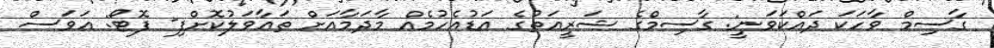
ގާސިމް ވާހަކަ ދައްކަވަނީ: ގާސިމްގެ ޝަރީއަތުގެ އަޑުއެހުމެއް މާދަމާއަށް ތައާވަލުކޮށްފި- ފޮޓޯ: އަވަސް